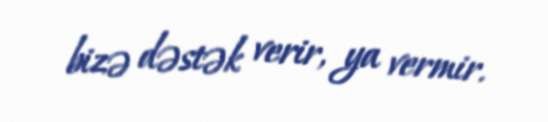
bizə dəstək verir, ya vermir.